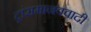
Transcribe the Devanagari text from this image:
ट्रांसमानववादी